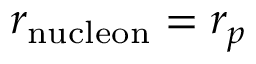
r _ { \mathrm { n u c l e o n } } = r _ { p }